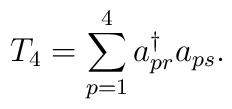
T_4=\sum_{p=1}^{4} a_{pr}^\dagger a_{ps}.